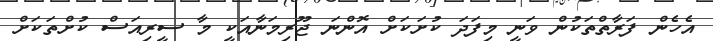
އެހެން ފަރާތްތަކުން ވަނީ މިފަދަ ކުށަކަށް އޮންނަ ޖޫރިމަނާއަކީ މާ ސީރިއަސް ކުށްތަކަށް